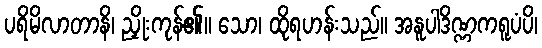
ပရိမိလာတာနိ၊ ညှိုးကုန်၏။ သော၊ ထိုရဟန်းသည်။ အနူပါဒိဏ္ဏကရူပံပိ၊